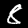
Label: 8